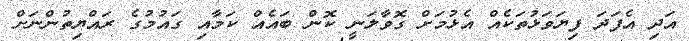
އަދި އެފަދަ ފިޔަވަޅުތަކެއް އެޅުމަށް ގޮވާލަނީ ކޮން ބައެއް ކަމާއި ގައުމުގެ ރައްޔިތުންނަށް